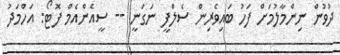
ދުވުން ނިންމާލުމަށް ފަހު ބައިވެރިން ސެލްފީ ނަގަނީ -- ސީއެންއެމް ފޮޓޯ: އަހްމަދު